65_HS1-834228961_62-HQ-83894_SUB_A
Agency: FBI
Page 19
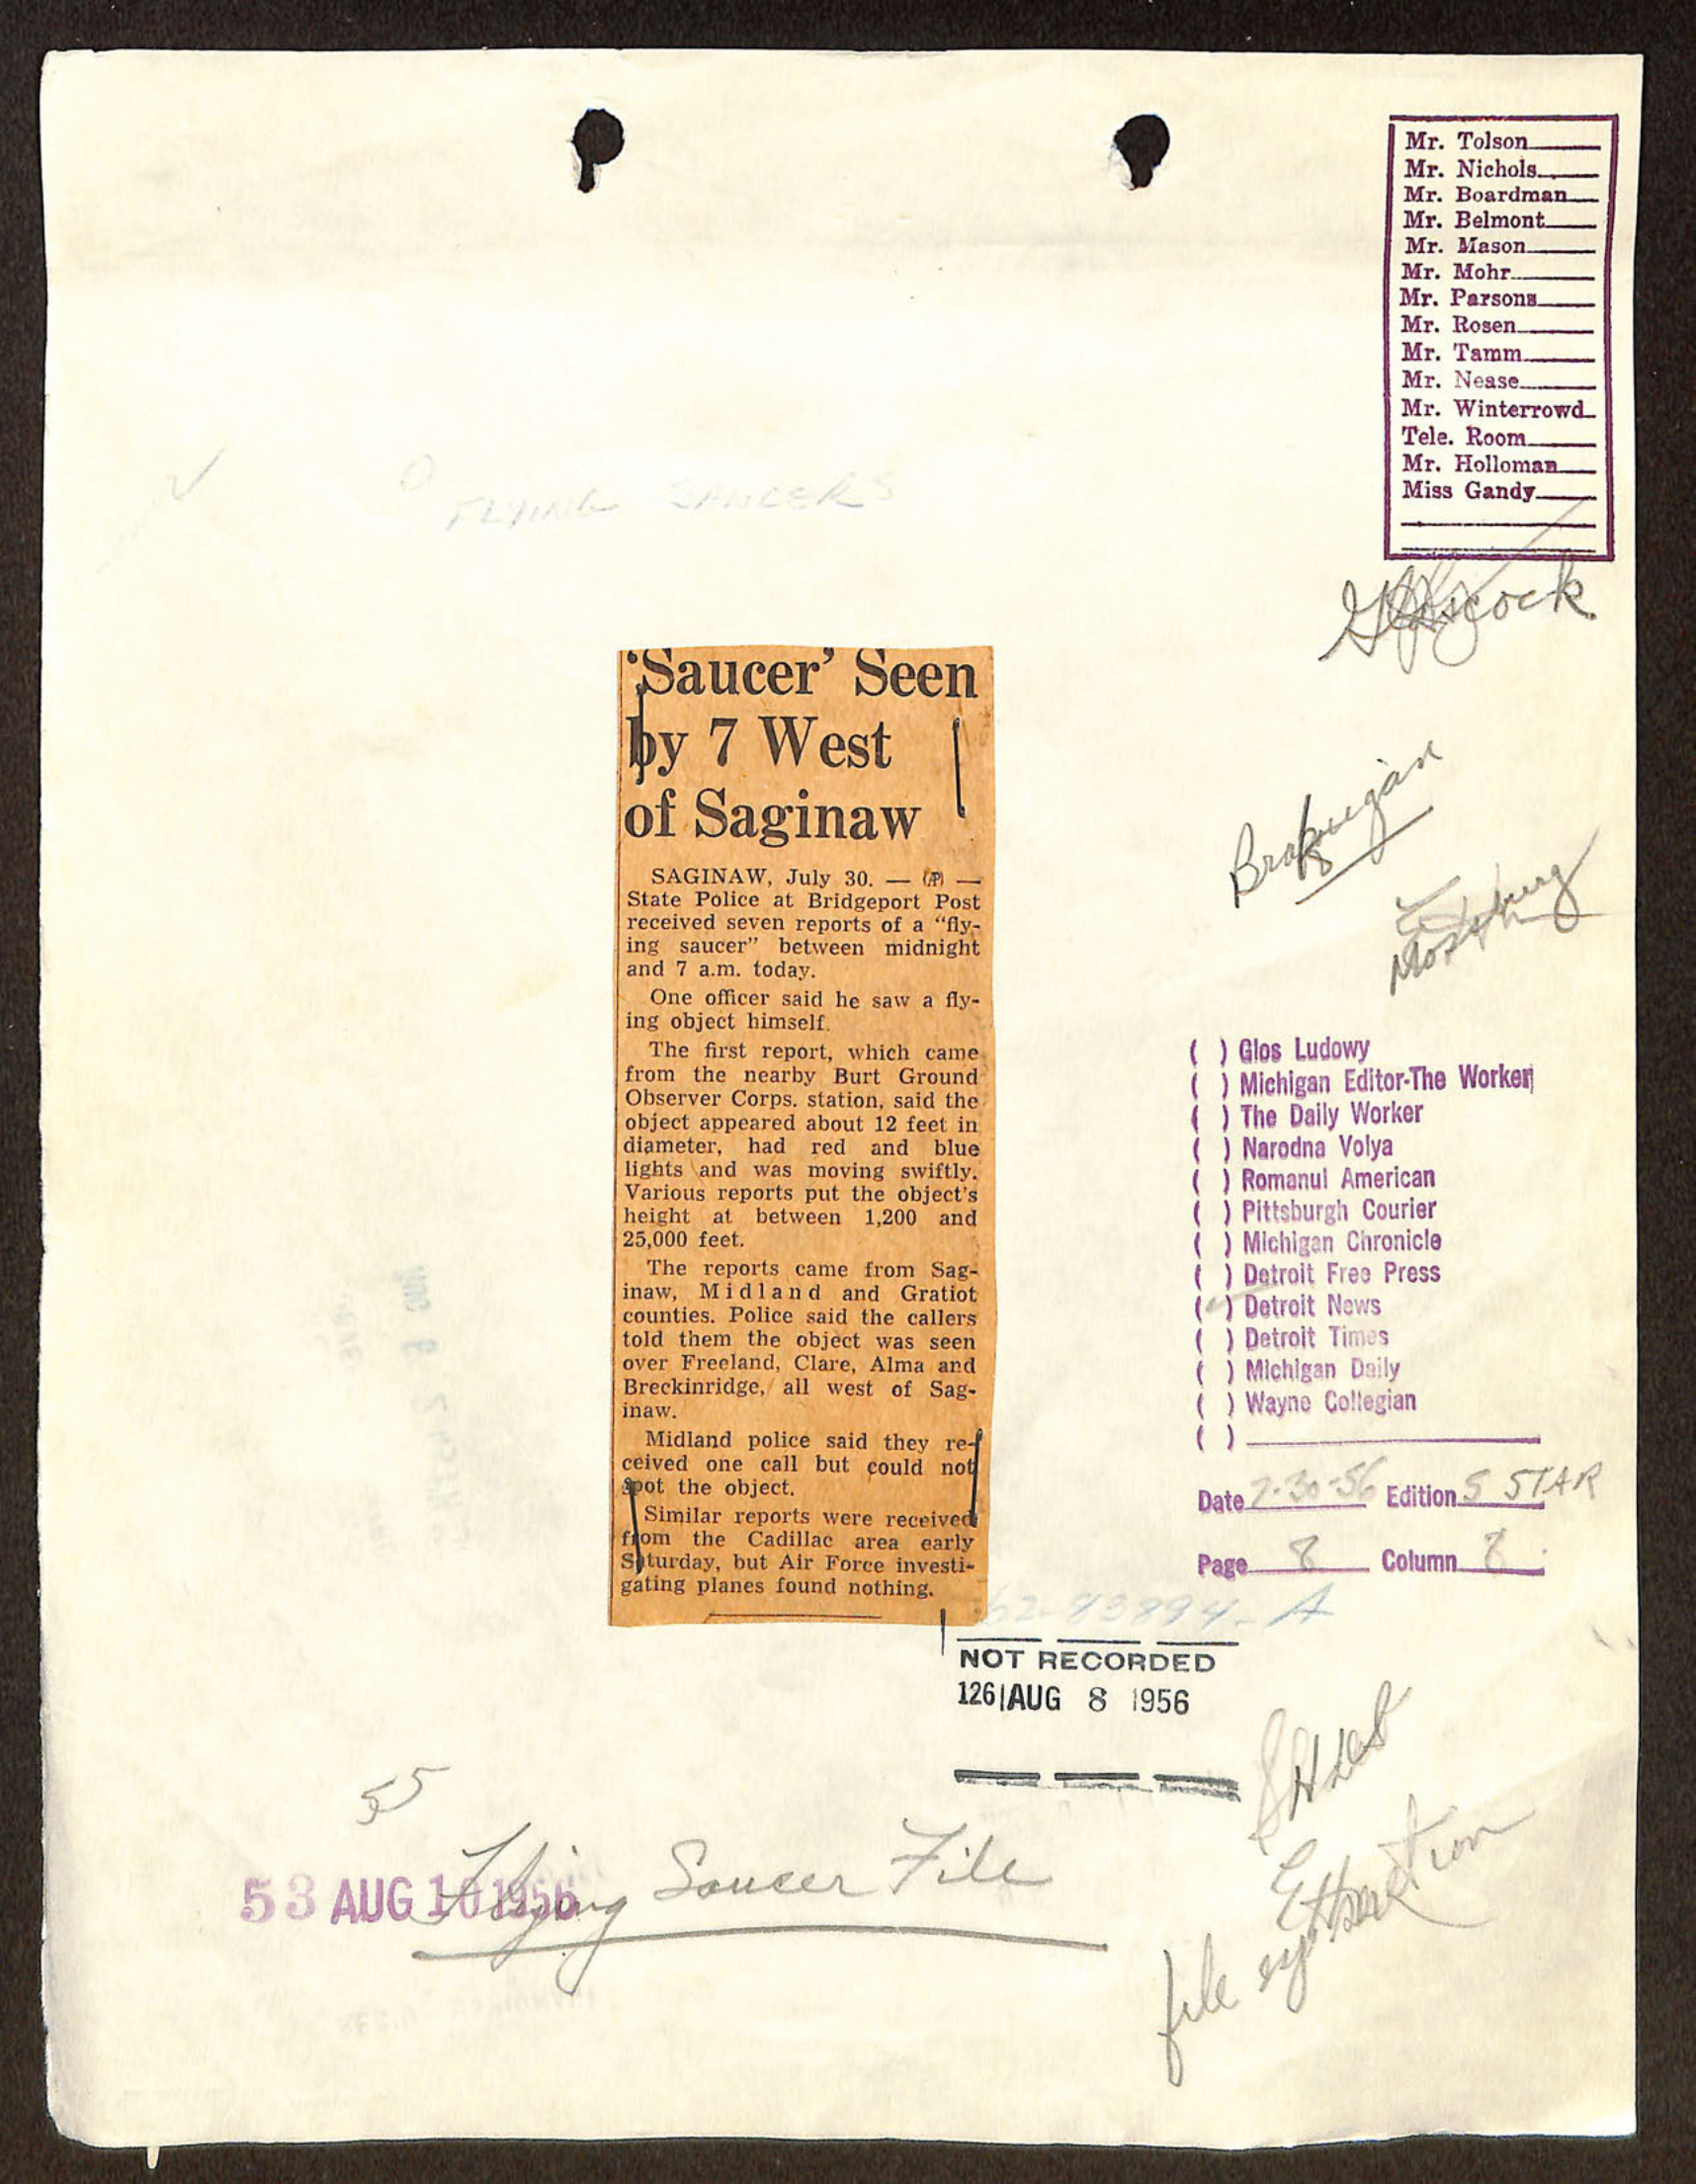